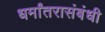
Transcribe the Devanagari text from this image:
धर्मांतरासंबंधी